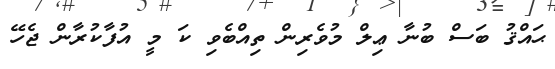
ޙައްޤު ބަސް ބުނާ ޢިލް މުވެރިން ތިއްބެވި ކަ މީ އުފާކުރާން ޖެހޭ